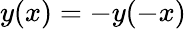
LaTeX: y(x)=-y(-x)